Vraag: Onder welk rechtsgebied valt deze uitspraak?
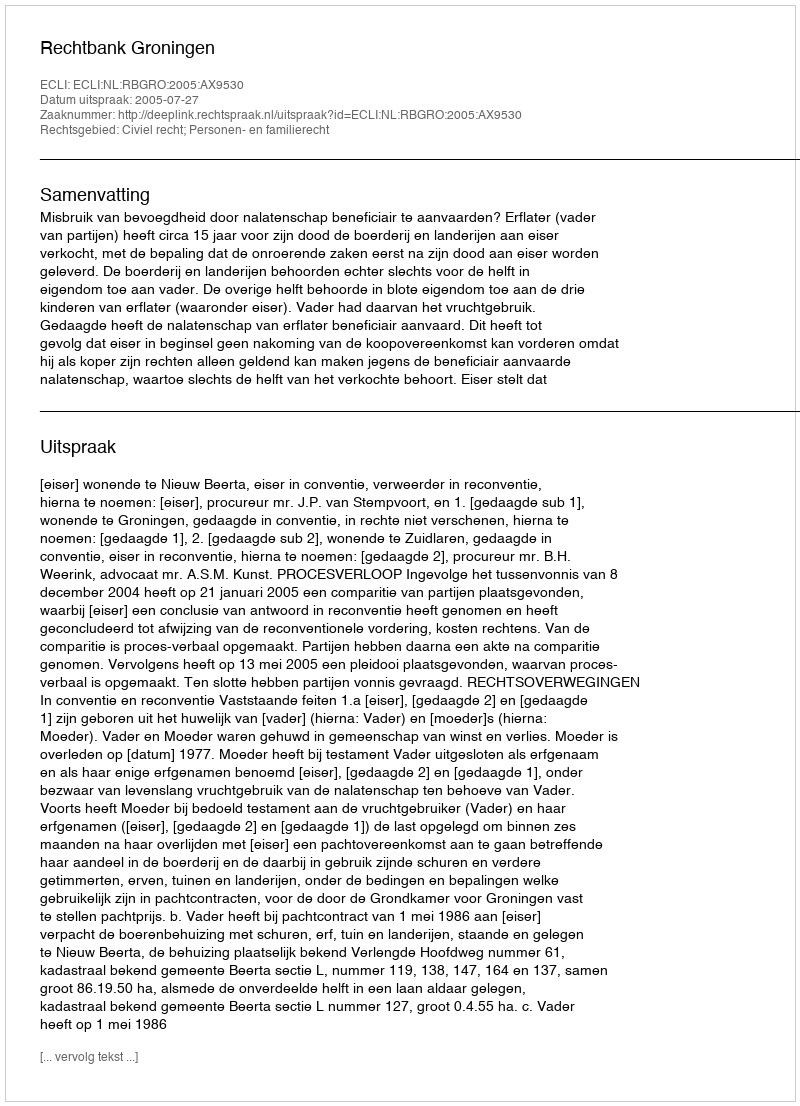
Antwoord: Civiel recht; Personen- en familierecht